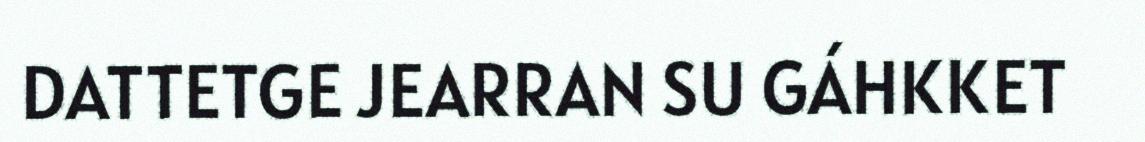
DATTETGE JEARRAN SU GÁHKKET